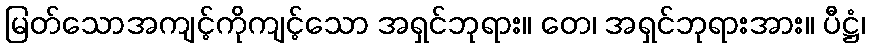
မြတ်သောအကျင့်ကိုကျင့်သော အရှင်ဘုရား။ တေ၊ အရှင်ဘုရားအား။ ပီဋ္ဌံ၊